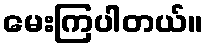
မေးကြပါတယ်။